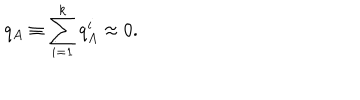
q _ { A } \equiv \sum _ { i = 1 } ^ { k } { q _ { A } ^ { i } \approx 0 } .